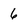
Character: 6